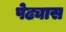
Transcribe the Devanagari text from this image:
पेढ्यास